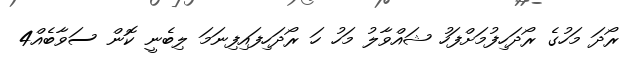
ރޯދަ މަހުގެ ރޯދަހިފުމަށްފަހު ޝައްވާލު މަހު ހަ ރޯދަހިފައިފިނަމަ ލިބެނީ ކޮން ސަވާބެއް4